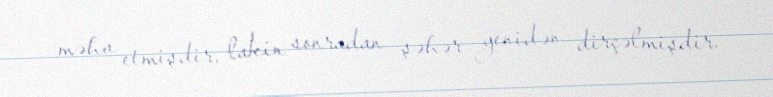
məhv etmişdir, lakin sonradan şəhər yenidən dirçəlmişdir.